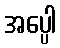
အပ္ပေါ